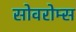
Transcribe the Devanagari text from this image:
सोवरोम्स